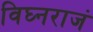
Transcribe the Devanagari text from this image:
विघ्नराजं